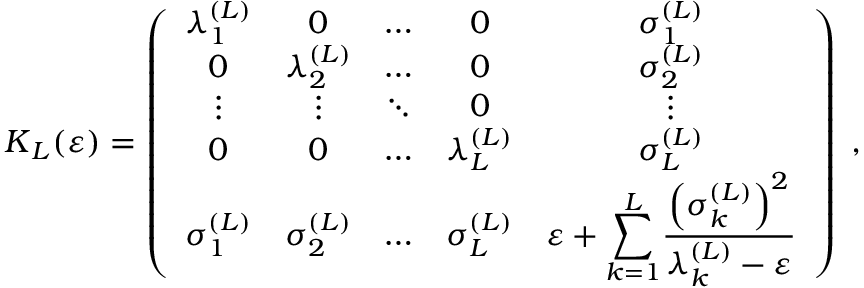
{ \boldsymbol { K } } _ { L } ( \varepsilon ) = \left( \begin{array} { c c c c c } { \lambda _ { 1 } ^ { \left( L \right) } } & { 0 } & { \ldots } & { 0 } & { \sigma _ { 1 } ^ { \left( L \right) } } \\ { 0 } & { \lambda _ { 2 } ^ { \left( L \right) } } & { \ldots } & { 0 } & { \sigma _ { 2 } ^ { \left( L \right) } } \\ { \vdots } & { \vdots } & { \ddots } & { 0 } & { \vdots } \\ { 0 } & { 0 } & { \ldots } & { \lambda _ { L } ^ { \left( L \right) } } & { \sigma _ { L } ^ { \left( L \right) } } \\ { \sigma _ { 1 } ^ { \left( L \right) } } & { \sigma _ { 2 } ^ { \left( L \right) } } & { \ldots } & { \sigma _ { L } ^ { \left( L \right) } } & { \varepsilon + \displaystyle { \sum _ { k = 1 } ^ { L } } \frac { \left( \sigma _ { k } ^ { \left( L \right) } \right) ^ { 2 } } { \lambda _ { k } ^ { \left( L \right) } - \varepsilon } } \end{array} \right) \; , \